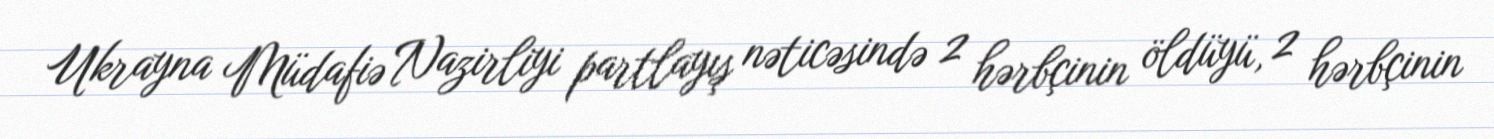
Ukrayna Müdafiə Nazirliyi partlayış nəticəsində 2 hərbçinin öldüyü, 2 hərbçinin